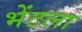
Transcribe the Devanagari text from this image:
भेंटला